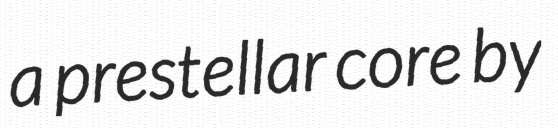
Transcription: a prestellar core by